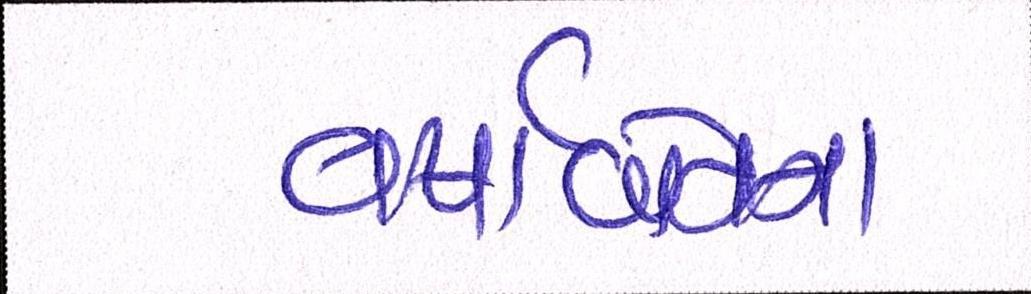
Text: વષાર્બેનના